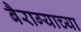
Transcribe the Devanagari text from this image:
बैराग्याच्या